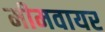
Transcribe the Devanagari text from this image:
मीमवायर